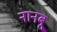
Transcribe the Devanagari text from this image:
नानबू